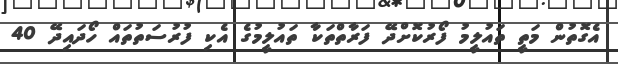
އެގޮތުން މަތީ ތައުލީމު ފޯރުކޮށްދޭ ފަރާތްތަކާ ތައުލީމުގެ އެކި ފުރުސަތުތައް ހޯދައިދޭ 40